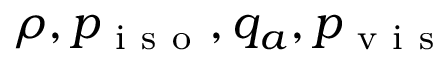
\rho , p _ { \mathrm { ~ i ~ s ~ o ~ } } , q _ { a } , p _ { \mathrm { ~ v ~ i ~ s ~ } }